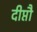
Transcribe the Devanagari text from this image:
दीप्तौ